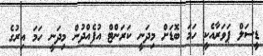
ޑީސަލް ޕަވަރާއެކީ ހަމަ ބޮޑަށް މިދަނީ ކަރަންޓް އުފެއްދުން މިދަނީ ހަމަ އިރުގެ